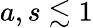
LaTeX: a,s\lesssim 1